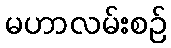
မဟာလမ်းစဉ်